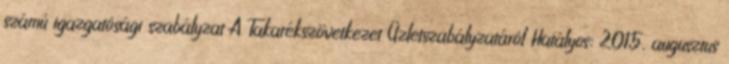
számú igazgatósági szabályzat A Takarékszövetkezet Üzletszabályzatáról Hatályos: 2015. augusztus